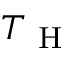
T _ { \mathrm { ~ H ~ } }